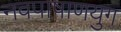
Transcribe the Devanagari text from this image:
नवपाषाणयुग